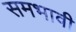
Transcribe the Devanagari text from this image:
समभावी